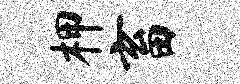
柙畜